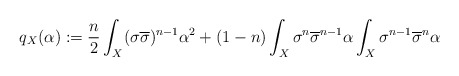
\begin{align*} q_X(\alpha):=\frac{n}{2}\int_X (\sigma\overline\sigma)^{n-1}\alpha^2+(1-n)\int_X\sigma^n\overline\sigma^{n-1}\alpha\int_X\sigma^{n-1}\overline\sigma^n\alpha \end{align*}